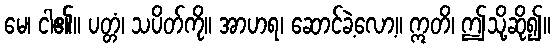
မေ၊ ငါ၏။ ပတ္တံ၊ သပိတ်ကို။ အာဟရ၊ ဆောင်ခဲ့လော့။ ဣတိ၊ ဤသို့ဆို၍။